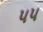
૫૫